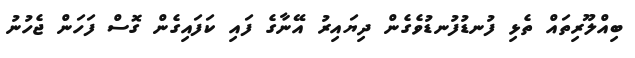
ބިއްލޫރިތައް ތެޅި ފުނޑުފުނޑުވެގެން ދިޔައިރު އޭނާގެ ފައި ކަފައިގެން ގޮސް ފަހަން ޖެހުނު